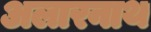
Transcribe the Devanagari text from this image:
अलारनाथ